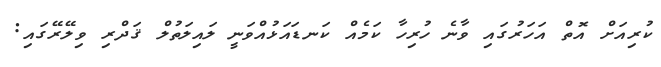
ކުރިއަށް އޮތް އަހަރުގައި ވާނެ ހުރިހާ ކަމެއް ކަނޑައަޅުއްވަނީ ލައިލަތުލް ޤަދްރި ވިލޭރޭގައި: